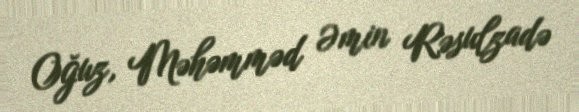
Oğuz, Məhəmməd Əmin Rəsulzadə